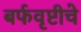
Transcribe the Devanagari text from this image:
बर्फवृष्टीचे